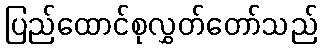
ပြည်ထောင်စုလွှတ်တော်သည်